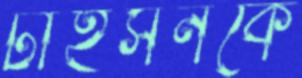
টাইসনকে